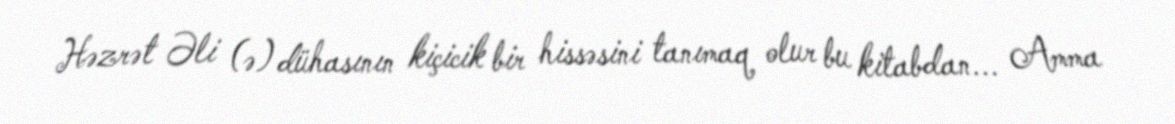
Həzrət Əli (ə) dühasının kiçicik bir hissəsini tanımaq olur bu kitabdan... Amma